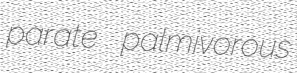
parate palmivorous